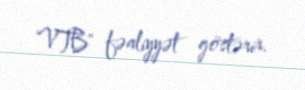
VTB" fəaliyyət göstərir.